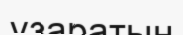
ұзаратын